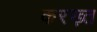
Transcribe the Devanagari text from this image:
करख़्त